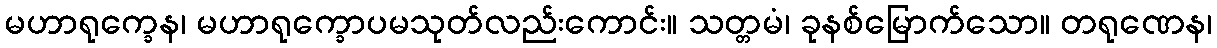
မဟာရုက္ခေန၊ မဟာရုက္ခောပမသုတ်လည်းကောင်း။ သတ္တမံ၊ ခုနစ်မြောက်သော။ တရုဏေန၊